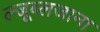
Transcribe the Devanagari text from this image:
ल्जूब्लजाना